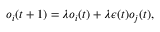
o _ { i } ( t + 1 ) = \lambda o _ { i } ( t ) + \lambda \epsilon ( t ) o _ { j } ( t ) ,